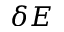
\delta E